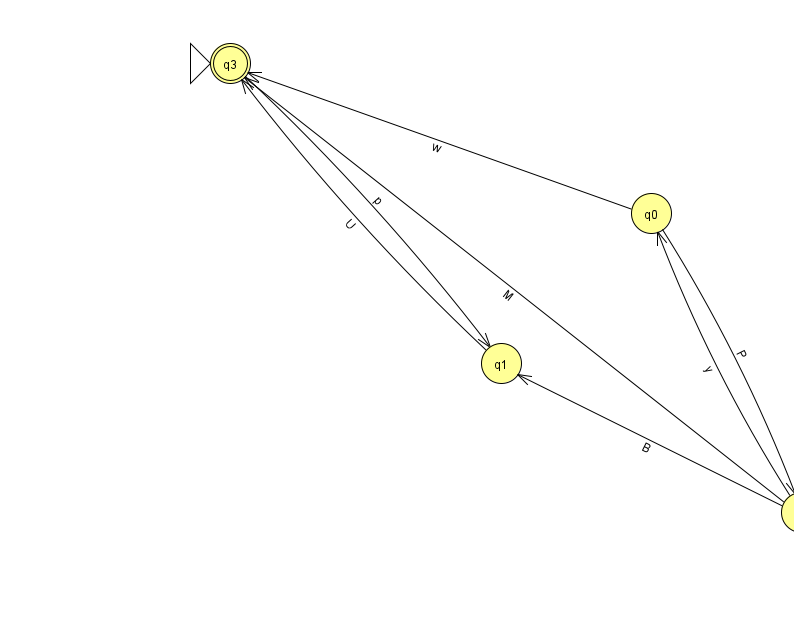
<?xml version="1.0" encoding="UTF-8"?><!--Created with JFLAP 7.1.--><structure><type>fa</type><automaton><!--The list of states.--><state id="0" name="q0"><x>651.0</x><y>200.0</y></state><state id="1" name="q1"><x>501.0</x><y>350.0</y></state><state id="2" name="q2"><x>801.0</x><y>499.0</y></state><state id="3" name="q3"><x>230.0</x><y>50.0</y><initial/><final/></state><!--The list of transitions.--><transition><from>0</from><to>2</to><read>P</read></transition><transition><from>2</from><to>1</to><read>B</read></transition><transition><from>0</from><to>3</to><read>w</read></transition><transition><from>1</from><to>3</to><read>U</read></transition><transition><from>3</from><to>1</to><read>p</read></transition><transition><from>2</from><to>3</to><read>M</read></transition><transition><from>2</from><to>0</to><read>y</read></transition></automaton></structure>